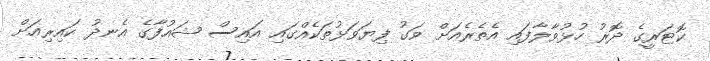
ކޮޓަރީގެ ދޮރު ހުޅުވާލާފައި އެތެރެއަށް ވަގު ފިޔަވަޅުތަކެއްގައި އައިސް ޝައުފާގެ އެނދު ކައިރިއަށް